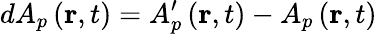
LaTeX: dA_{p}\left(\mathbf{r},t\right)=A_{p}^{\prime}\left(\mathbf{r},t\right)-A{}_{p}\left(\mathbf{r},t\right)